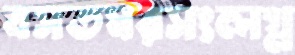
বসতঘরসংলগ্ন